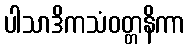
ပါသာဒိကသံဝတ္တနိကာ